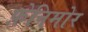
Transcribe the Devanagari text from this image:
फ़ेनिमोर